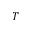
T